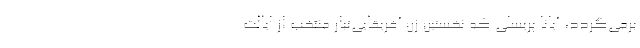
برمی‌گردد، آیانا پریسلی که نخستین زن آفریقایی‌تبار منتخب از ایالت